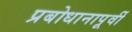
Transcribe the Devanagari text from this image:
प्रबोधानापूर्वी